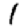
Digit: 1